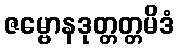
ဇမ္ဗောနဒုတ္တတ္တမိဒံ